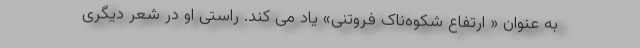
به عنوان « ارتفاع شکوه‌ناک فروتنی» یاد می کند. راستی او در شعر دیگری